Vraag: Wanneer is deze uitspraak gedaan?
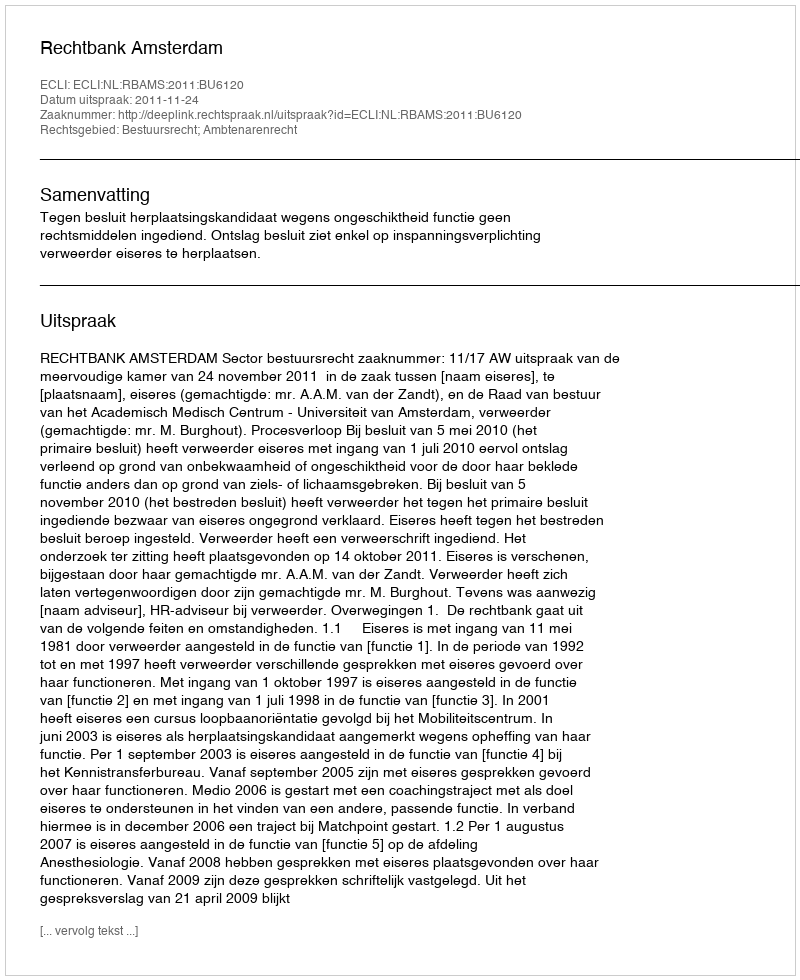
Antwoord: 2011-11-24